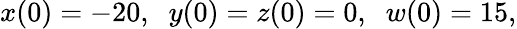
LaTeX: x(0)=-20,\; \; y(0)=z(0)=0,\; \; w(0)=15,